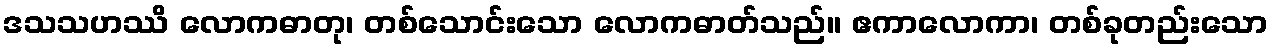
ဒသသဟဿိ လောကဓာတု၊ တစ်သောင်းသော လောကဓာတ်သည်။ ဧကာလောကာ၊ တစ်ခုတည်းသော